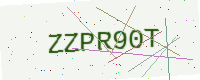
Text: ZZPR90T